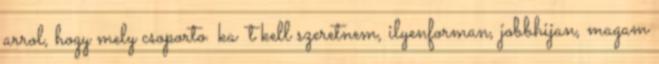
arrol, hogy mely csoporto ka t kell szeretnem, ilyenforman, jobbhijan, magam